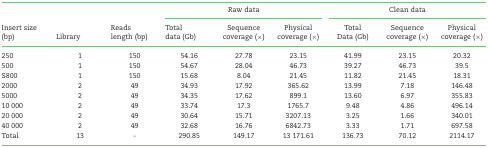
<table><thead><tr><td></td><td></td><td></td><td colspan="3"><b>Raw data</b></td><td colspan="3"><b>Clean data</b></td></tr><tr><td><b>Insert size (bp)</b></td><td><b>Library</b></td><td><b>Reads length (bp)</b></td><td><b>Total data (Gb)</b></td><td><b>Sequence coverage (×)</b></td><td><b>Physical coverage (×)</b></td><td><b>Total Data (Gb)</b></td><td><b>Sequence coverage (×)</b></td><td><b>Physical coverage (×)</b></td></tr></thead><tbody><tr><td>250</td><td>1</td><td>150</td><td>54.16</td><td>27.78</td><td>23.15</td><td>41.99</td><td>23.15</td><td>20.32</td></tr><tr><td>500</td><td>1</td><td>150</td><td>54.67</td><td>28.04</td><td>46.73</td><td>39.27</td><td>46.73</td><td>39.5</td></tr><tr><td>S800</td><td>1</td><td>150</td><td>15.68</td><td>8.04</td><td>21.45</td><td>11.82</td><td>21.45</td><td>18.31</td></tr><tr><td>2000</td><td>2</td><td>49</td><td>34.93</td><td>17.92</td><td>365.62</td><td>13.99</td><td>7.18</td><td>146.48</td></tr><tr><td>5000</td><td>2</td><td>49</td><td>34.35</td><td>17.62</td><td>899.1</td><td>13.60</td><td>6.97</td><td>355.83</td></tr><tr><td>10 000</td><td>2</td><td>49</td><td>33.74</td><td>17.3</td><td>1765.7</td><td>9.48</td><td>4.86</td><td>496.14</td></tr><tr><td>20 000</td><td>2</td><td>49</td><td>30.64</td><td>15.71</td><td>3207.13</td><td>3.25</td><td>1.66</td><td>340.01</td></tr><tr><td>40 000</td><td>2</td><td>49</td><td>32.68</td><td>16.76</td><td>6842.73</td><td>3.33</td><td>1.71</td><td>697.58</td></tr><tr><td>Total</td><td>13</td><td>-</td><td>290.85</td><td>149.17</td><td>13 171.61</td><td>136.73</td><td>70.12</td><td>2114.17</td></tr></tbody></table>